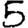
Digit: 5